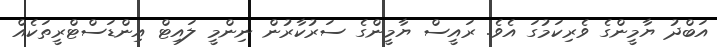
އަބްދު ޔާމީންގެ ވެރިކަމުގަ އެެވެ. ރައީސް ޔާމީންގެ ސަރުކާރުން ނިންމީ ލައިޓް އިންޑަސްޓްރީތަކެއް